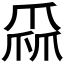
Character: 𤔙